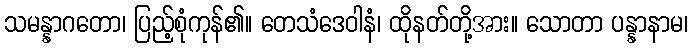
သမန္နာဂတော၊ ပြည့်စုံကုန်၏။ တေသံဒေဝါနံ၊ ထိုနတ်တို့အား။ သောတာ ပန္နာနာမ၊